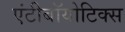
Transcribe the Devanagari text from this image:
एंटीबॉयोटिक्स